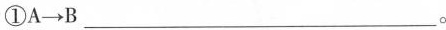
①A \rightarrow B___ 。